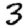
Digit: 3